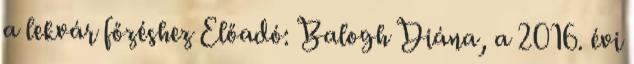
a lekvár főzéshez Előadó: Balogh Diána, a 2016. évi